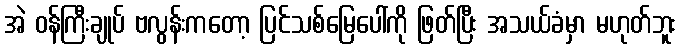
အဲ ဝန်ကြီးချုပ် ဗလွန်းကတော့ ပြင်သစ်မြေပေါ်ကို ဖြတ်ပြီး အသယ်ခံမှာ မဟုတ်ဘူး